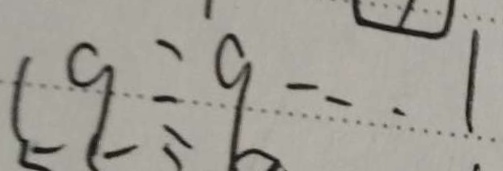
1 9 \div 9 \cdots 1